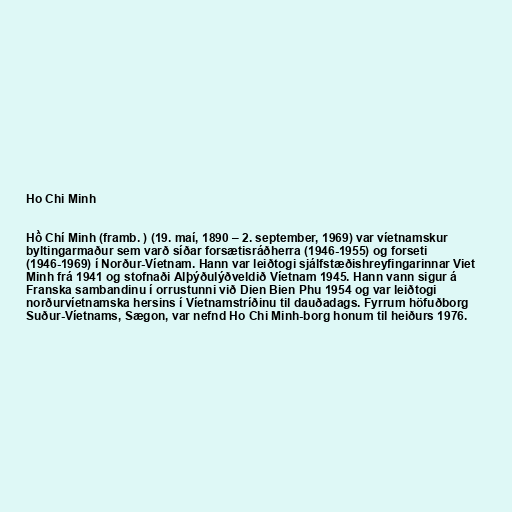
Ho Chi Minh

Hồ Chí Minh (framb. ) (19. maí, 1890 – 2. september, 1969) var víetnamskur
byltingarmaður sem varð síðar forsætisráðherra (1946-1955) og forseti
(1946-1969) í Norður-Víetnam. Hann var leiðtogi sjálfstæðishreyfingarinnar Viet
Minh frá 1941 og stofnaði Alþýðulýðveldið Víetnam 1945. Hann vann sigur á
Franska sambandinu í orrustunni við Dien Bien Phu 1954 og var leiðtogi
norðurvíetnamska hersins í Víetnamstríðinu til dauðadags. Fyrrum höfuðborg
Suður-Víetnams, Sægon, var nefnd Ho Chi Minh-borg honum til heiðurs 1976.